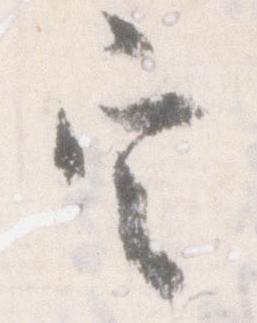
定